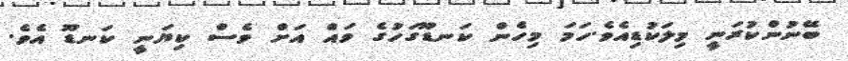
ބޭނުންކުރަނީ މިލަކުޑިއެވެ.ހަމަ މިހެން ކަނޑޫގަހުގެ ވައް އަށް ވެސް ކިޔަނީ ކަނޑޫ އެވެ.